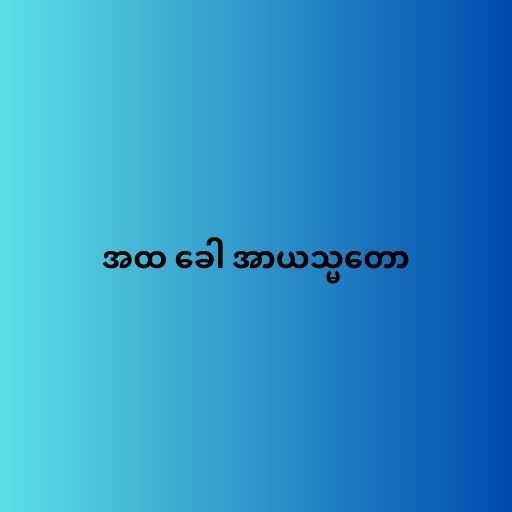
အထ ခေါ အာယသ္မတော